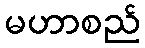
မဟာစည်